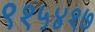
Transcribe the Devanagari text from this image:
९१५४१७